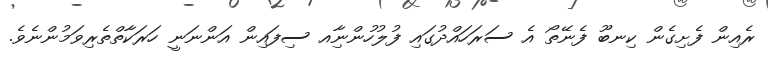
ރެއިން ފެށިގެން ކިނބޫ ފެނޭތޯ އެ ސަރަހައްދުގައި ފުލުހުންނާިއ ސިފައިން އަންނަނީ ހަރަކާތްތެރިވަމުންނެވެ.